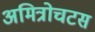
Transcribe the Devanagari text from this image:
अमित्रोचटस